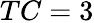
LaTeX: TC=3